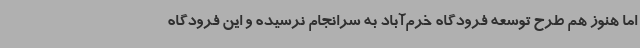
اما هنوز هم طرح توسعه فرودگاه خرم‌آباد به سرانجام نرسیده و این فرودگاه